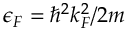
\epsilon _ { F } = \hbar ^ { 2 } k _ { F } ^ { 2 } / 2 m